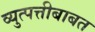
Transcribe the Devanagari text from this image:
व्युत्पत्तीबाबत